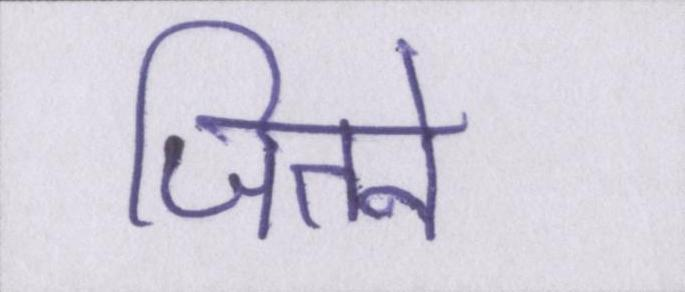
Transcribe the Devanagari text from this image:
जितने